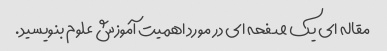
مقاله ای یک صفحه ای در مورد اهمیت آموزش علوم بنویسید.